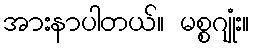
အားနာပါတယ်။ မစ္စဂျုံး။